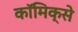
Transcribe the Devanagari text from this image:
काॅमिक्से